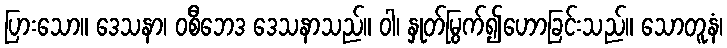
ပြားသော။ ဒေသနာ၊ ဝစီဘေဒ ဒေသနာသည်။ ဝါ၊ နှုတ်မြွက်၍ဟောခြင်းသည်။ သောတူနံ၊